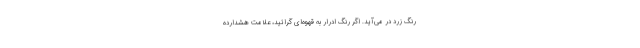
رنگ زرد در می‌آید. اگر رنگ ادرار به قهوه‌ای گرائید، علامت هشدارده